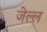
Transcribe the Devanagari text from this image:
जेल्ल